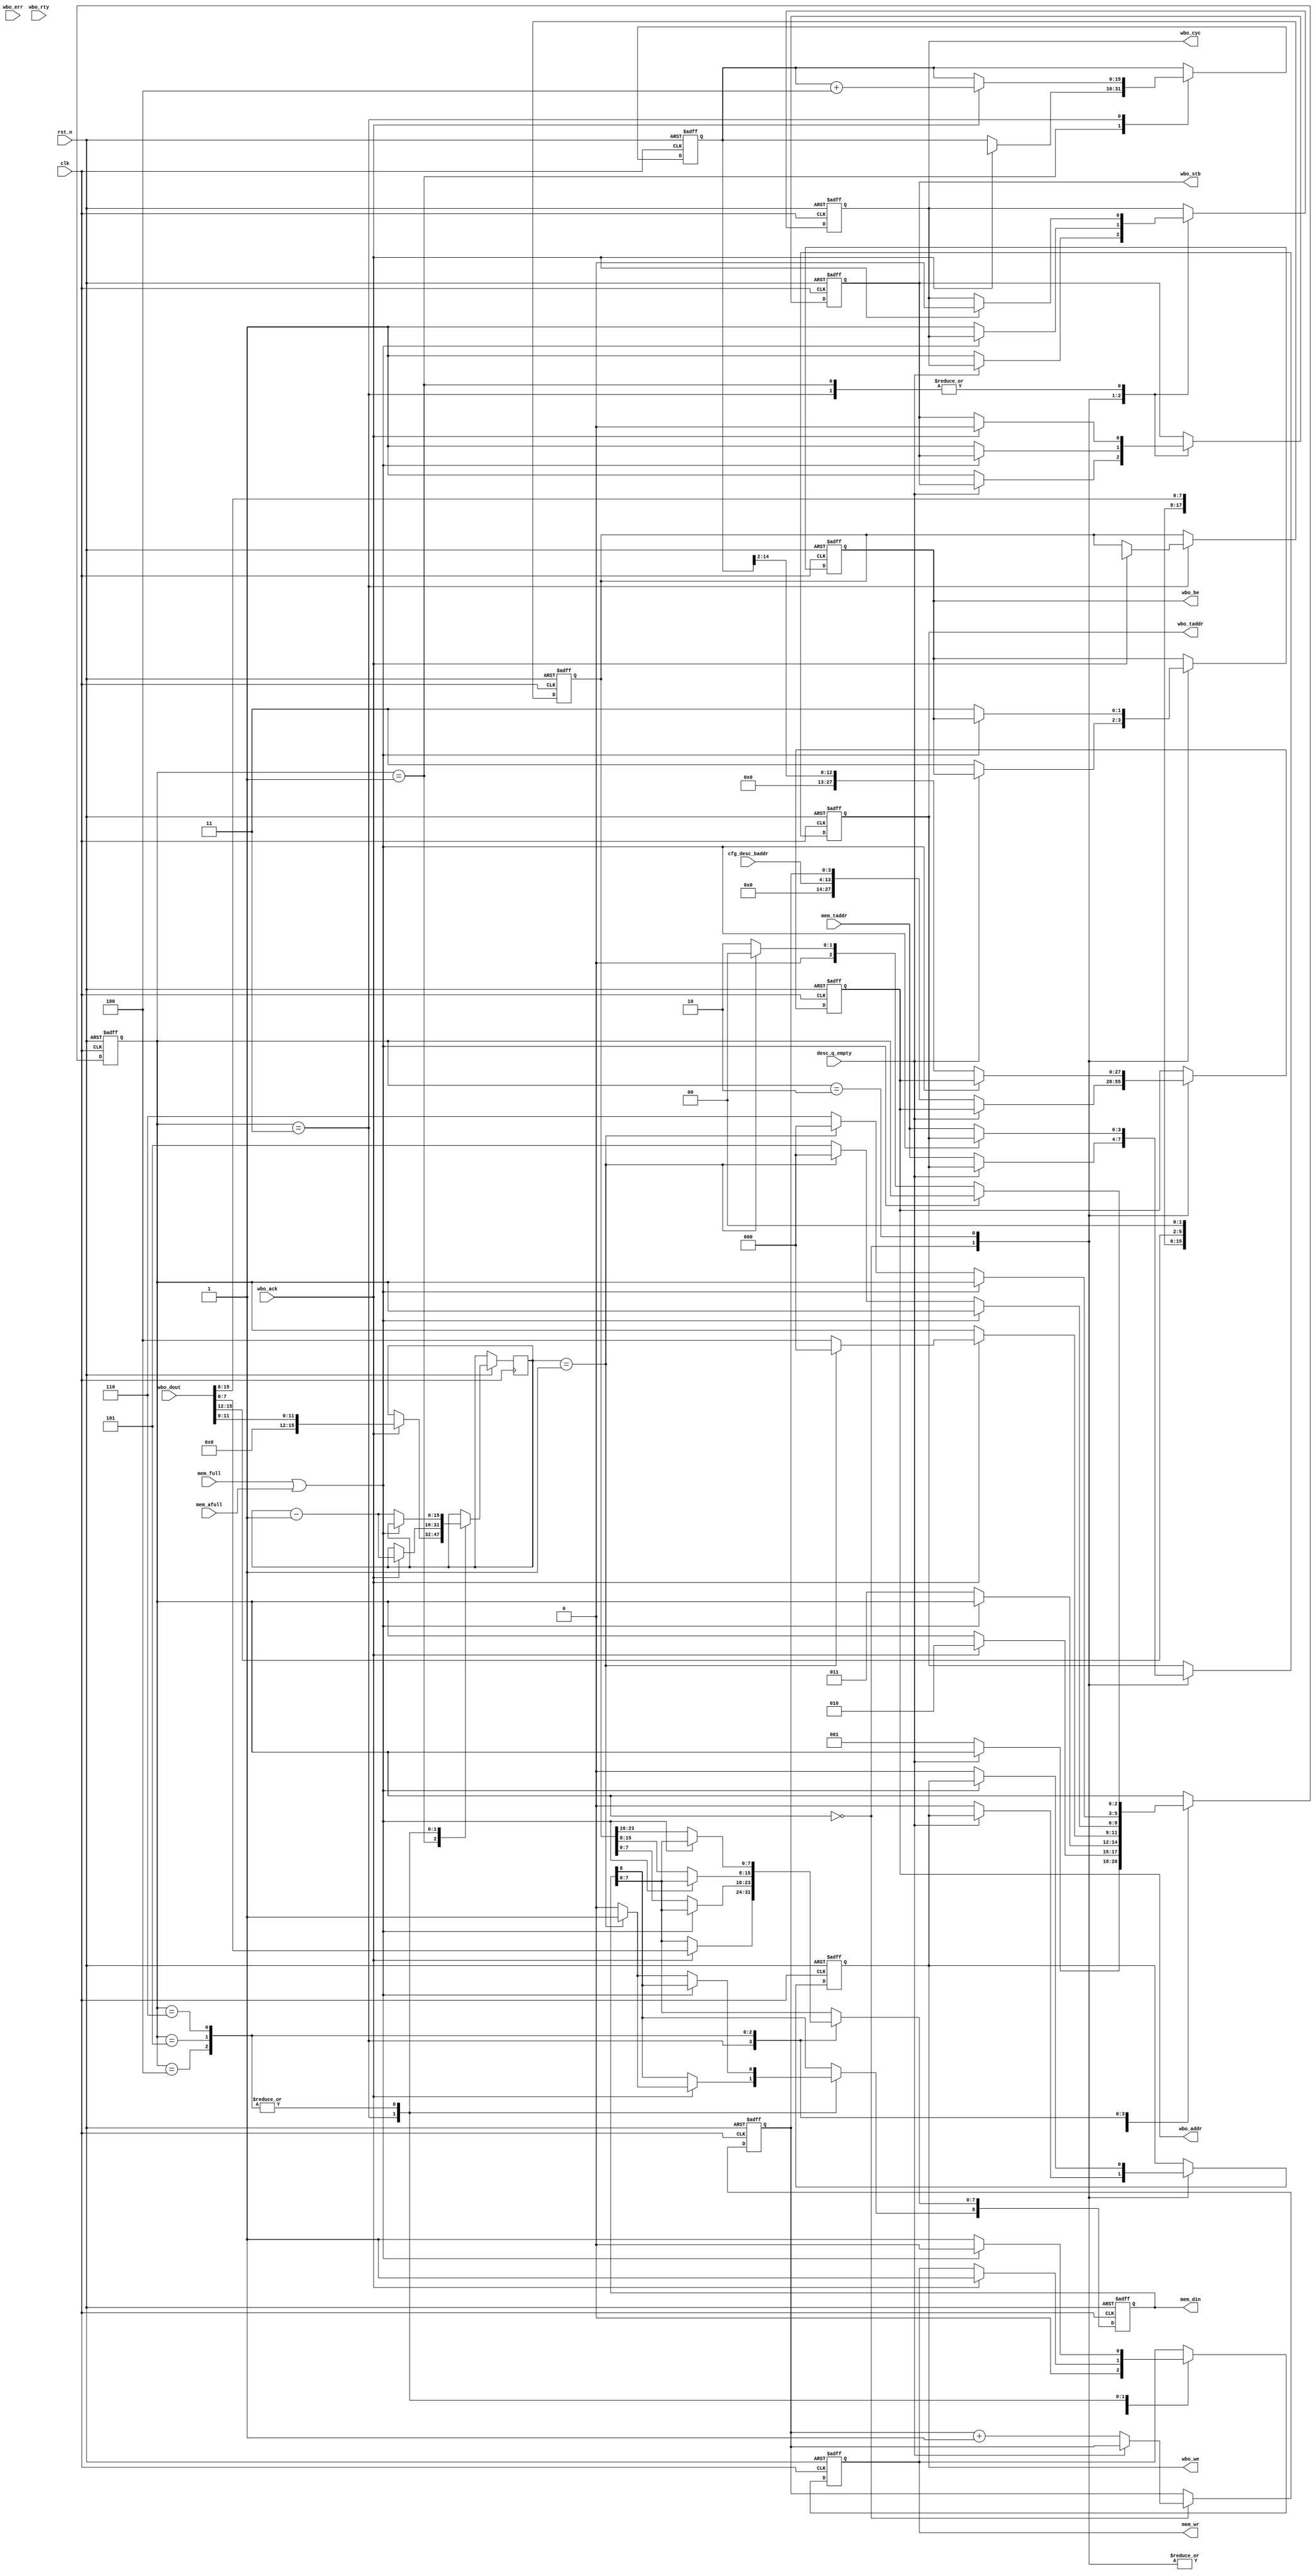
//////////////////////////////////////////////////////////////////////
////                                                              ////
////  Tubo 8051 cores common library Module                       ////
////                                                              ////
////  This file is part of the Turbo 8051 cores project           ////
////  http://www.opencores.org/cores/turbo8051/                   ////
////                                                              ////
////  Description                                                 ////
////  Turbo 8051 definitions.                                     ////
////                                                              ////
////  To Do:                                                      ////
////    nothing                                                   ////
////                                                              ////
////  Author(s):                                                  ////
////      - Dinesh Annayya, dinesha@opencores.org                 ////
////                                                              ////
//////////////////////////////////////////////////////////////////////
////                                                              ////
//// Copyright (C) 2000 Authors and OPENCORES.ORG                 ////
////                                                              ////
//// This source file may be used and distributed without         ////
//// restriction provided that this copyright statement is not    ////
//// removed from the file and that any derivative work contains  ////
//// the original copyright notice and the associated disclaimer. ////
////                                                              ////
//// This source file is free software; you can redistribute it   ////
//// and/or modify it under the terms of the GNU Lesser General   ////
//// Public License as published by the Free Software Foundation; ////
//// either version 2.1 of the License, or (at your option) any   ////
//// later version.                                               ////
////                                                              ////
//// This source is distributed in the hope that it will be       ////
//// useful, but WITHOUT ANY WARRANTY; without even the implied   ////
//// warranty of MERCHANTABILITY or FITNESS FOR A PARTICULAR      ////
//// PURPOSE.  See the GNU Lesser General Public License for more ////
//// details.                                                     ////
////                                                              ////
//// You should have received a copy of the GNU Lesser General    ////
//// Public License along with this source; if not, download it   ////
//// from http://www.opencores.org/lgpl.shtml                     ////
////                                                              ////
//////////////////////////////////////////////////////////////////////

/**********************************************
  Web-bone , Read from Wishbone Memory and Write to internal Memory

   This block handles following task
   1. Check the Descriptor Q for not empty
   2. If the Descriptor Q is not empty, the read the 32 bit descriptor
   3. The 32 bit descriptor holds following information
       [11:0]  - Packet Length
       [25:12] - MSB [15:2] of Packet Start Location
       [31:26] - Packet Status
   4. Based on the Packet Length, Read the data from external Data memory
      and write it to Internal Memory

**********************************************/

module wb_rd_mem2mem (

              rst_n               , 
              clk                 ,

    // descriptor handshake
              cfg_desc_baddr      ,
              desc_q_empty        ,

    // Master Interface Signal
              mem_taddr           ,
              mem_full            ,
              mem_afull           ,
              mem_wr              , 
              mem_din             ,
 
    // Slave Interface Signal
              wbo_dout            , 
              wbo_taddr           , 
              wbo_addr            , 
              wbo_be              , 
              wbo_we              , 
              wbo_ack             ,
              wbo_stb             , 
              wbo_cyc             , 
              wbo_err             ,
              wbo_rty
         );


parameter D_WD    = 16; // Data Width
parameter BE_WD   = 2;  // Byte Enable
parameter ADR_WD  = 28; // Address Width
parameter TAR_WD  = 4;  // Target Width

//---------------------
// State Machine Parameter
//--------------------

parameter IDLE         = 0;
parameter DESC_RD      = 1;
parameter DATA_WAIT    = 2;
parameter TXFR         = 3;
parameter MEM_WRITE2   = 4;
parameter MEM_WRITE3   = 5;
parameter MEM_WRITE4   = 6;


//-------------------------------------------
// Input Declaration
//------------------------------------------

input               clk         ;  // CLK_I The clock input [CLK_I] coordinates all activities 
                                   // for the internal logic within the WISHBONE interconnect. 
                                   // All WISHBONE output signals are registered at the 
                                   // rising edge of [CLK_I]. 
                                   // All WISHBONE input signals must be stable before the 
                                    // rising edge of [CLK_I]. 
input               rst_n       ;  // RST_I The reset input [RST_I] forces the WISHBONE interface 
                                   // to restart. Furthermore, all internal self-starting state 
                                   // machines will be forced into an initial state. 

//---------------------------------
// Descriptor Interface
//---------------------------------
input [15:6]   cfg_desc_baddr    ;  // descriptor Base Address
input          desc_q_empty      ; 

//------------------------------------------
// Stanard Memory Interface
//------------------------------------------

input [TAR_WD-1:0]  mem_taddr   ; // target address 
input               mem_full    ; // memory full
input               mem_afull   ; // memory afull 
output              mem_wr      ; // memory Write
output  [8:0]       mem_din     ; // memory read data

//------------------------------------------
// External Memory WB Interface
//------------------------------------------
output              wbo_stb  ; // STB_O The strobe output [STB_O] indicates a valid data 
                               // transfer cycle. It is used to qualify various other signals 
                               // on the interface such as [SEL_O(7..0)]. The SLAVE must 
                               // assert either the [ACK_I], [ERR_I] or [RTY_I] signals in 
                               // response to every assertion of the [STB_O] signal. 
output              wbo_we   ; // WE_O The write enable output [WE_O] indicates whether the 
                               // current local bus cycle is a READ or WRITE cycle. The 
                               // signal is negated during READ cycles, and is asserted 
                               // during WRITE cycles. 
input               wbo_ack  ; // The acknowledge input [ACK_I], when asserted, 
                               // indicates the termination of a normal bus cycle. 
                               // Also see the [ERR_I] and [RTY_I] signal descriptions. 

output [TAR_WD-1:0] wbo_taddr;
output [ADR_WD-1:0] wbo_addr ; // The address output array [ADR_O(63..0)] is used 
                               // to pass a binary address, with the most significant 
                               // address bit at the higher numbered end of the signal array. 
                               // The lower array boundary is specific to the data port size. 
                               // The higher array boundary is core-specific. 
                               // In some cases (such as FIFO interfaces) 
                               // the array may not be present on the interface. 

output [BE_WD-1:0] wbo_be     ; // Byte Enable 
                               // SEL_O(7..0) The select output array [SEL_O(7..0)] indicates 
                               // where valid data is expected on the [DAT_I(63..0)] signal 
                               // array during READ cycles, and where it is placed on the 
                               // [DAT_O(63..0)] signal array during WRITE cycles. 
                               // Also see the [DAT_I(63..0)], [DAT_O(63..0)] and [STB_O] 
                               // signal descriptions.

output            wbo_cyc    ; // CYC_O The cycle output [CYC_O], when asserted, 
                               // indicates that a valid bus cycle is in progress. 
                               // The signal is asserted for the duration of all bus cycles. 
                               // For example, during a BLOCK transfer cycle there can be 
                               // multiple data transfers. The [CYC_O] signal is asserted 
                               // during the first data transfer, and remains asserted 
                               // until the last data transfer. The [CYC_O] signal is useful 
                               // for interfaces with multi-port interfaces 
                               // (such as dual port memories). In these cases, 
                               // the [CYC_O] signal requests use of a common bus from an 
                               // arbiter. Once the arbiter grants the bus to the MASTER, 
                               // it is held until [CYC_O] is negated. 

input [D_WD-1:0] wbo_dout;     // DAT_I(63..0) The data input array [DAT_I(63..0)] is 
                              // used to pass binary data. The array boundaries are 
                              // determined by the port size. Also see the [DAT_O(63..0)] 
                              // and [SEL_O(7..0)] signal descriptions. 

input             wbo_err; // ERR_I The error input [ERR_I] indicates an abnormal 
                           // cycle termination. The source of the error, and the 
                           // response generated by the MASTER is defined by the IP core 
                           // supplier in the WISHBONE DATASHEET. Also see the [ACK_I] 
                           // and [RTY_I] signal descriptions. 

input             wbo_rty; // RTY_I The retry input [RTY_I] indicates that the indicates 
                           // that the interface is not ready to accept or send data, and 
                           // that the cycle should be retried. When and how the cycle is 
                           // retried is defined by the IP core supplier in the WISHBONE 
                           // DATASHEET. Also see the [ERR_I] and [RTY_I] signal 
                           // descriptions. 

//----------------------------------------
// Register Declration
//----------------------------------------

reg  [2:0]          state       ;
reg  [15:0]         cnt         ;
reg  [TAR_WD-1:0]   wbo_taddr   ;
reg  [ADR_WD-1:0]   wbo_addr    ;
reg                 wbo_stb     ;
reg                 wbo_we      ;
reg  [BE_WD-1:0]    wbo_be      ;
reg                 wbo_cyc     ;
reg [15:0]          mem_addr    ;




reg [3:0]   desc_ptr;
reg [23:0]  tWrData; // Temp Write Data
reg [8:0]   mem_din;
reg         mem_wr;

always @(negedge rst_n or posedge clk) begin
   if(rst_n == 0) begin
      state       <= IDLE;
      wbo_taddr   <= 0;
      wbo_addr    <= 0;
      wbo_stb     <= 0;
      wbo_we      <= 0;
      wbo_be      <= 0;
      wbo_cyc     <= 0;
      desc_ptr    <= 0;
      mem_addr    <= 0;
      mem_din     <= 0;
      tWrData     <= 0;
      mem_wr      <= 0;
   end
   else begin
      case(state)
         IDLE: begin
            mem_wr      <= 0;
            // Check for Descriptor Q not empty
            if(!desc_q_empty) begin
               wbo_taddr   <= mem_taddr;
               wbo_addr  <= {cfg_desc_baddr[15:6],desc_ptr[3:0]};
               wbo_be    <= 4'hF;
               wbo_we    <= 1'b0;
               wbo_stb   <= 1'b1;
               wbo_cyc   <= 1;
               state     <= DESC_RD;
               desc_ptr  <= desc_ptr+1;
            end
        end
       DESC_RD: begin
          // wait for web-bone ack
          if(wbo_ack) begin
              wbo_cyc   <= 1'b0;
              wbo_stb   <= 1'b0;
              state     <= IDLE;
              cnt       <= wbo_dout[11:0];
              mem_addr  <= {wbo_dout[27:12],2'b0};
              state     <= DATA_WAIT;
          end 
       end

         DATA_WAIT: begin
            mem_wr          <= 0; // Reset the write for handling interburst
            // check for internal memory not full and initiate
            // the transfer
            if(!(mem_full || mem_afull)) begin 
                wbo_taddr   <= mem_taddr;
                wbo_addr    <= mem_addr[14:2];
                wbo_stb     <= 1'b1;
                wbo_we      <= 1'b0;
                wbo_be      <= 4'hF;
                wbo_cyc     <= 1'b1;
                state       <= TXFR;
            end
         end
         TXFR: begin
            if(wbo_ack) begin
               wbo_cyc      <= 1'b0;
               wbo_stb      <= 1'b0;
               mem_addr     <= mem_addr+4;
               mem_din[7:0] <= wbo_dout[7:0]; // Write First Byte
               tWrData      <= wbo_dout[31:8];
               mem_din[8]   <= (cnt == 1) ? 1'b1 : 1'b0; // EOP generation at last transfer
               mem_wr       <= 1;
               cnt          <= cnt-1;
               if(cnt == 1) begin
                  state     <= IDLE;
               end else begin
                  state     <= MEM_WRITE2;
               end 
            end
         end
         MEM_WRITE2: begin // Write 2nd Byte
            if(!(mem_full || mem_afull)) begin // to handle the interburst fifo  full case
                mem_din[7:0] <= tWrData[7:0];
                mem_din[8]   <= (cnt == 1) ? 1'b1 : 1'b0; // EOP generation at last transfer
                mem_wr       <= 1;
                cnt          <= cnt-1;
                if(cnt == 1) begin
                   state     <= IDLE;
                end else begin
                  state     <= MEM_WRITE3;
                end 
            end else begin
               mem_wr        <= 0;
            end
         end 
         MEM_WRITE3: begin // Write 3rd Byte
            if(!(mem_full || mem_afull)) begin // to handle the interburst fifo  full case
                mem_din[7:0] <= tWrData[15:8];
                mem_din[8]   <= (cnt == 1) ? 1'b1 : 1'b0; // EOP generation at last transfer
                mem_wr       <= 1;
                cnt          <= cnt-1;
                if(cnt == 1) begin
                   state     <= IDLE;
                end else begin
                  state     <= MEM_WRITE4;
                end 
            end else begin
               mem_wr        <= 0;
            end
         end 
         MEM_WRITE4: begin // Write 4th Byte
            if(!(mem_full || mem_afull)) begin // to handle the interburst fifo  full case
                mem_din[7:0] <= tWrData[23:16];
                mem_din[8]   <= (cnt == 1) ? 1'b1 : 1'b0; // EOP generation at last transfer
                mem_wr       <= 1;
                cnt          <= cnt-1;
                if(cnt == 1) begin
                   state     <= IDLE;
                end else begin
                  state     <= DATA_WAIT;
                end 
            end else begin
               mem_wr        <= 0;
            end
         end 
      endcase
   end
end

endmodule